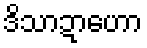
ဒိသာဍာဟော